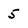
Character: 5